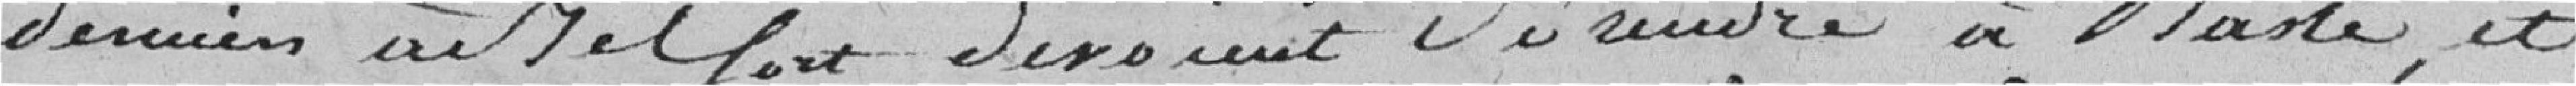
derniers à Belfort devaient se rendre à Basle, et